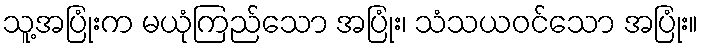
သူ့အပြုံးက မယုံကြည်သော အပြုံး၊ သံသယဝင်သော အပြုံး။